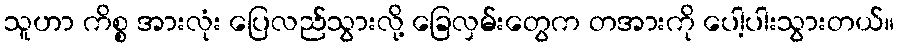
သူဟာ ကိစ္စ အားလုံး ပြေလည်သွားလို့ ခြေလှမ်းတွေက တအားကို ပေါ့ပါးသွားတယ်။